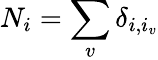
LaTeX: N_{i}=\sum_{v}\delta_{i,i_{v}}